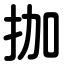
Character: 拁